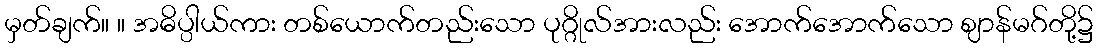
မှတ်ချက်။ ။ အဓိပ္ပါယ်ကား တစ်ယောက်တည်းသော ပုဂ္ဂိုလ်အားလည်း အောက်အောက်သော ဈာန်မဂ်တို့၌